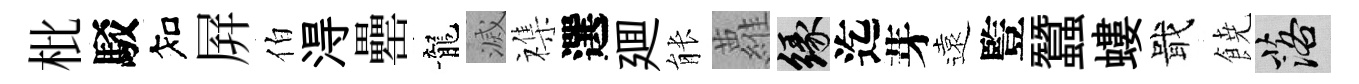
枇駁知屛伯淂罍龍滅襍選廽䏻蘿緣迄芽遠䜿蠶螻戢𩜙落